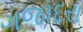
ગજાદરા